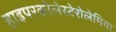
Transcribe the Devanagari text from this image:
हाइपरकोलेस्टेरोलेमिया